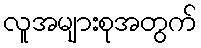
လူအများစုအတွက်